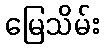
မြေသိမ်း